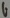
Text: G